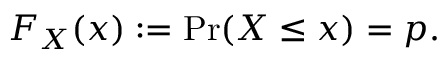
F _ { X } ( x ) : = \operatorname* { P r } ( X \leq x ) = p .